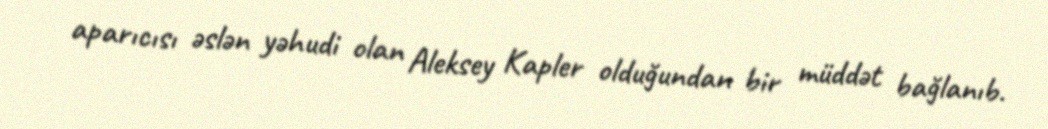
aparıcısı əslən yəhudi olan Aleksey Kapler olduğundan bir müddət bağlanıb.